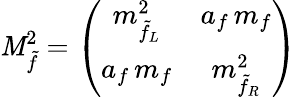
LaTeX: {\cal\mathit{M}}_{\tilde{{f}}}^{2}=\left(\begin{array}{cc}{{m_{\tilde{f}_{L}}^{2}}}&{{a_{f}\, m_{f}}}\\ {{a_{f}\, m_{f}}}&{{m_{\tilde{f}_{R}}^{2}}}\end{array}\right)